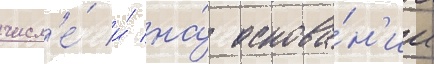
числ'е́ и́ на́ основа́н'ии